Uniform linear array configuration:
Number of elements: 12
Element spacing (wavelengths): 0.75
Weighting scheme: hann
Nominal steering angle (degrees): -30
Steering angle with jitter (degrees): -29.094
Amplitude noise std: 0.05
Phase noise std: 0.05

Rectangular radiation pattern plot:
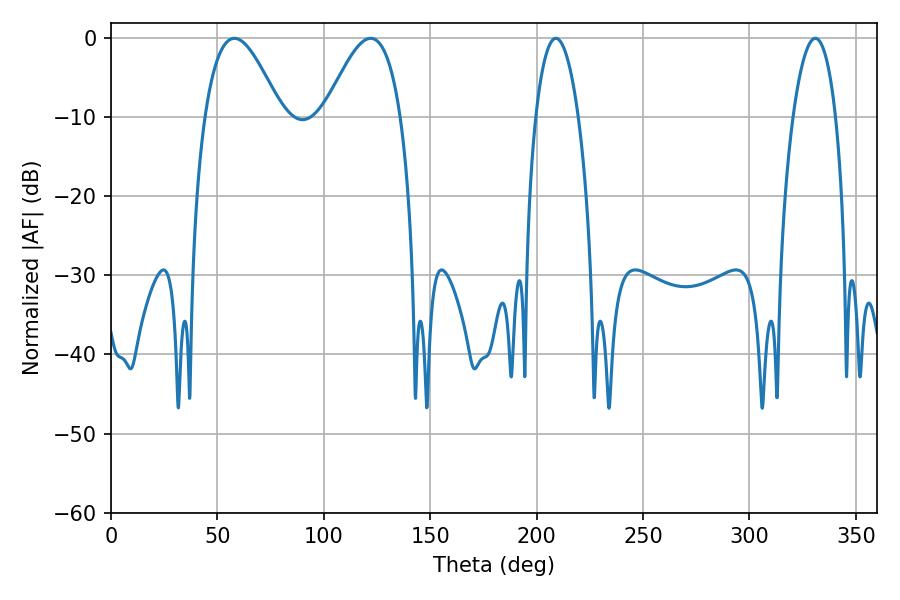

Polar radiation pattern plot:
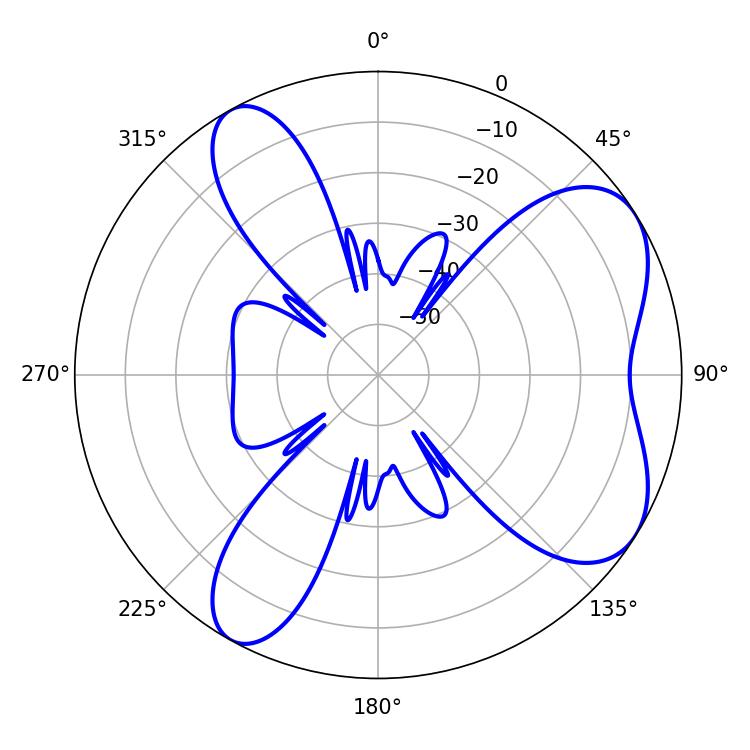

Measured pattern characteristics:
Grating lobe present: TRUE
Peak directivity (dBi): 6.432
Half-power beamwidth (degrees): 19.44
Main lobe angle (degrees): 57.96